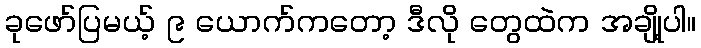
ခုဖော်ပြမယ့် ၉ ယောက်ကတော့ ဒီလို တွေထဲက အချို့ပါ။